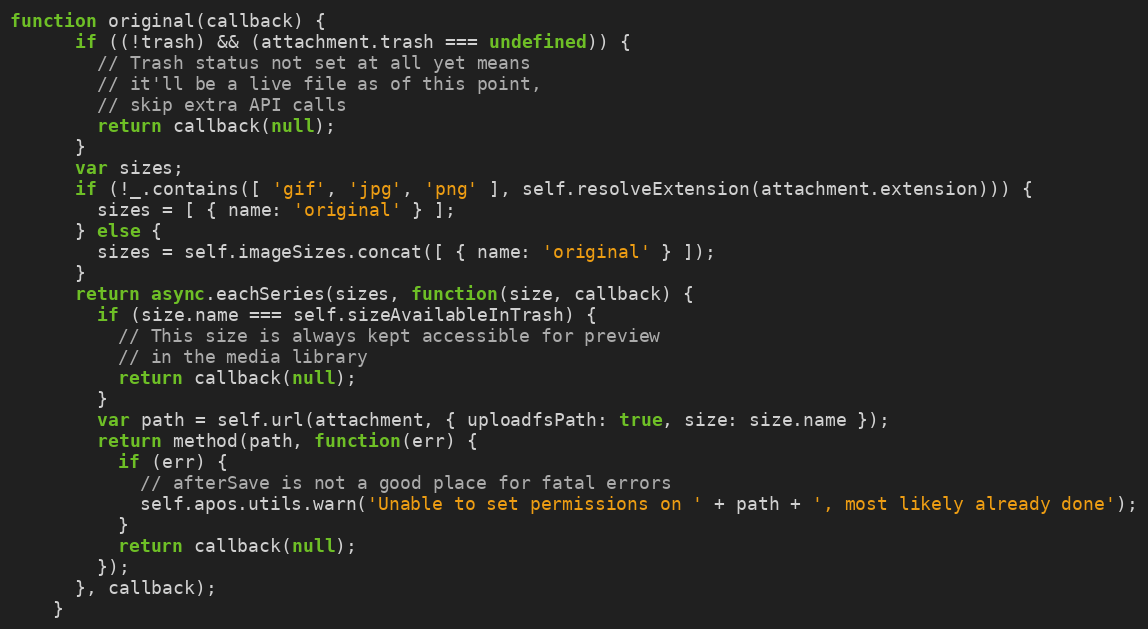
Language: JavaScript
function original(callback) {
      if ((!trash) && (attachment.trash === undefined)) {
        // Trash status not set at all yet means
        // it'll be a live file as of this point,
        // skip extra API calls
        return callback(null);
      }
      var sizes;
      if (!_.contains([ 'gif', 'jpg', 'png' ], self.resolveExtension(attachment.extension))) {
        sizes = [ { name: 'original' } ];
      } else {
        sizes = self.imageSizes.concat([ { name: 'original' } ]);
      }
      return async.eachSeries(sizes, function(size, callback) {
        if (size.name === self.sizeAvailableInTrash) {
          // This size is always kept accessible for preview
          // in the media library
          return callback(null);
        }
        var path = self.url(attachment, { uploadfsPath: true, size: size.name });
        return method(path, function(err) {
          if (err) {
            // afterSave is not a good place for fatal errors
            self.apos.utils.warn('Unable to set permissions on ' + path + ', most likely already done');
          }
          return callback(null);
        });
      }, callback);
    }